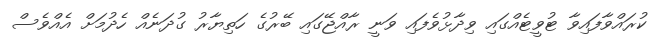
ކުރައްވާފައިވާ ޓުވީޓެއްގައި ވިދާޅުވެފައި ވަނީ ރާއްޖޭގައި ބޭރުގެ ހަތިޔާރު ގުދަނެއް ހެދުމަށް އެއްވެސް